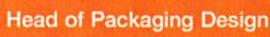
Head of Packaging Design